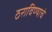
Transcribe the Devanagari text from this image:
ठराविण्याचे